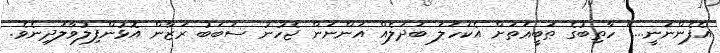
އެފެންނަނީ...'' ހާތިބުގެ ޠަބީޢަތަށް އެކަހަލަ ބަދަލެއް އަންނަން ޖެހުނު ސަބަބު ރަޒާން އޮޅުންފިލުވާލަދިނެވެ.